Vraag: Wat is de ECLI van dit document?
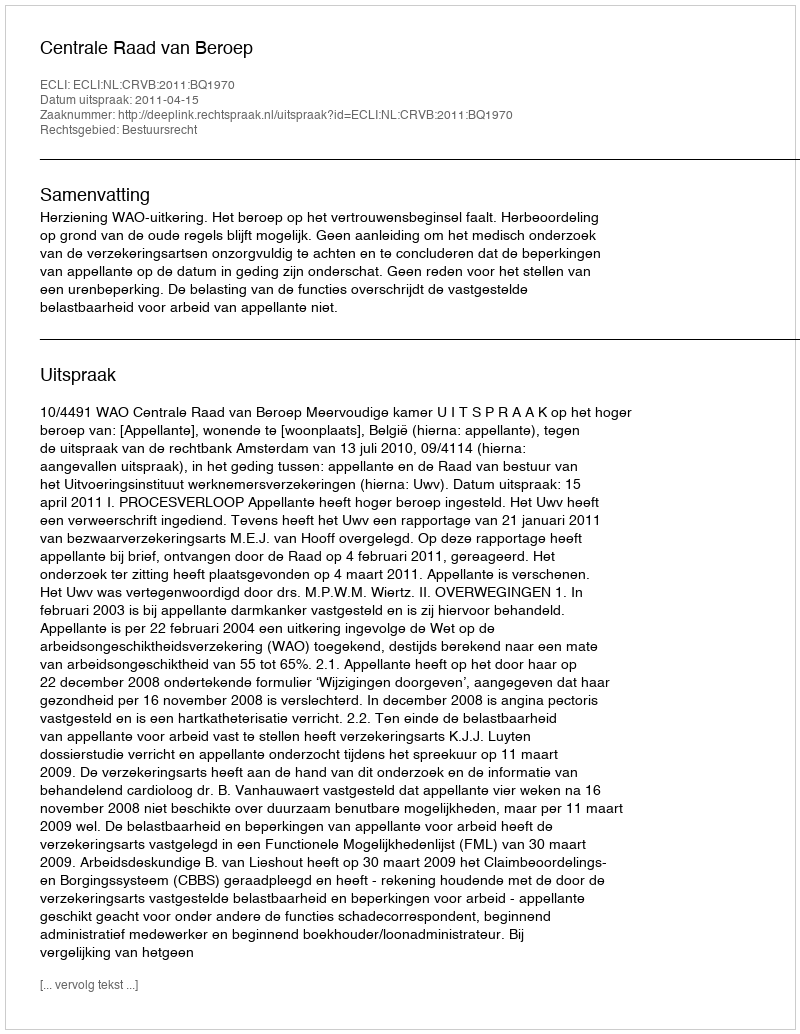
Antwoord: ECLI:NL:CRVB:2011:BQ1970